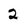
Character: 2